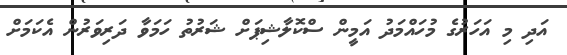
އަދި މި އަހަރުގެ މުހައްމަދު އަމީން ސްކޮލާޝިޕަށް ޝަރުތު ހަމަވާ ދަރިވަރުން އެކަމަށް